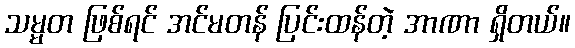
သမ္မတ ဖြစ်ရင် အင်မတန် ပြင်းထန်တဲ့ အာဏာ ရှိတယ်။